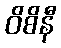
ဝိစိနီ